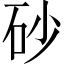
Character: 砂